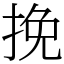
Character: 挽